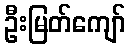
ဦးမြတ်ကျော်